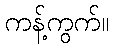
ကန့်ကွက်။